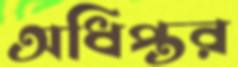
অধিপ্তর